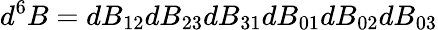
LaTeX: d^{6}B=dB_{12}dB_{23}dB_{31}dB_{01}dB_{02}dB_{03}